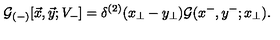
{ \cal G } _ { ( - ) } [ \vec { x } , \vec { y } ; V _ { - } ] = \delta ^ { ( 2 ) } ( x _ { \perp } - y _ { \perp } ) { \cal G } ( x ^ { - } , y ^ { - } ; x _ { \perp } ) .